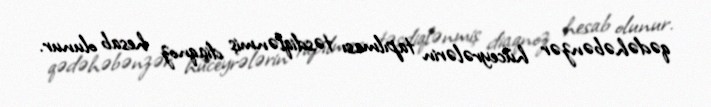
qədəhəbənzər hüceyrələrin tapılması təsdiqlənmiş diaqnoz hesab olunur.